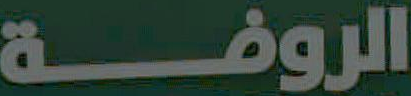
الروضة